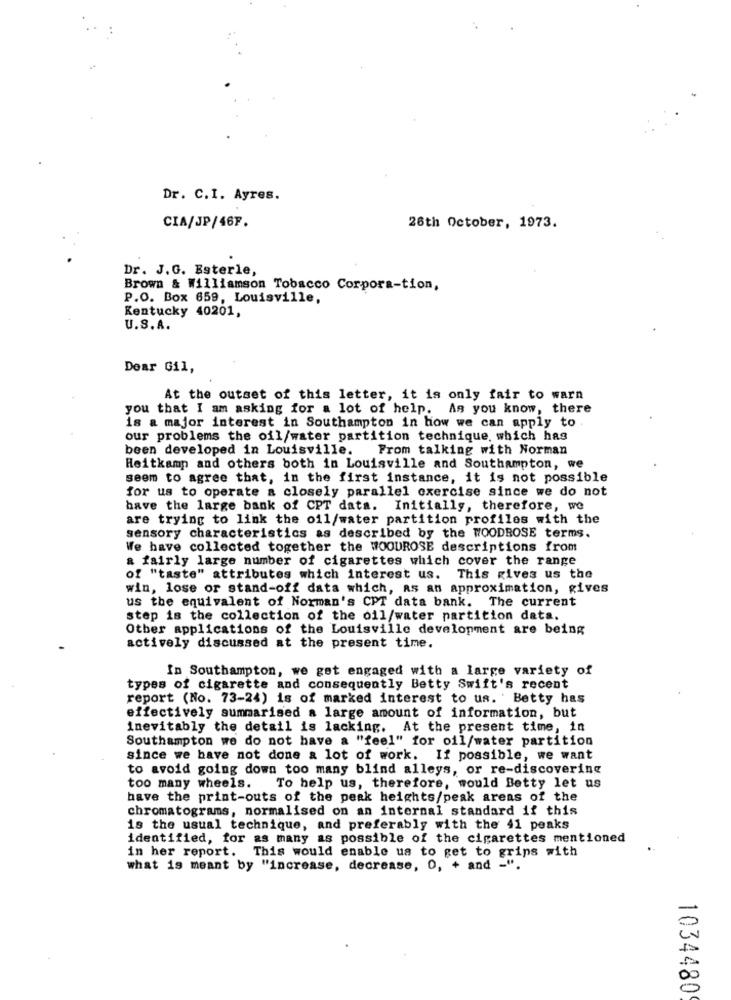
Dr. C.I. Ayres.
CIA/JP/46F.
26th October, 1973.
Dr. J.G. Esterle,
Brown & Williamson Tobacco Corpora-tion,
P.O. Box 659, Louisville,
Kentucky 40201,
U.S.A.
Dear Gil,
At the outset of this letter, it is only fair to warn
you that I am asking for a lot of help. As you know, there
is a major interest in Southampton in how we can apply to .
our problems the oil/water partition technique, which has
been developed in Louisville.
From talking with Norman
Heitkamp and others both in Louisville and Southampton, we
seem to agree that, in the first instance, it is not possible
for us to operate a closely parallel exercise since we do not
have the large bank of CPT data. Initially, therefore, we
are trying to link the oil/water partition profiles with the
sensory characteristics as described by the WOODROSE terms.
We have collected together the WOODROSE descriptions from
a fairly large number of cigarettes which cover the range
of "taste" attributes which interest us. This gives us the
win, lose or stand-off data which, as an approximation, gives
us the equivalent of Norman's CPT data bank. The current
step is the collection of the oil/water partition data.
Other applications of the Louisville development are being
actively discussed at the present time.
In Southampton, we get engaged with a large variety of
types of cigarette and consequently Betty Swift's recent
report (No. 73-24) is of marked interest to us. ' Betty has
effectively summarised a large amount of information, but
inevitably the detail is lacking. At the present time, in
Southampton we do not have a "feel" for oil/water partition
since we have not done a lot of work. If possible, we want
to avoid going down too many blind alleys, or re-discovering
too many wheels.
To help us, therefore, would Betty let us
have the print-outs of the peak heights/peak areas of the
chromatograms, normalised on an internal standard if this
is the usual technique, and preferably with the 41 peaks
identified, for as many as possible of the cigarettes mentioned
in her report. This would enable us to get to grips with
what is meant by "increase, decrease, 0, + and -".
1034480